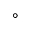
^ { \circ }